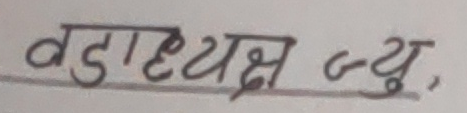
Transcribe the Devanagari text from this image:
वडाध्यक्ष ज्यू,